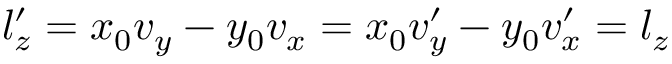
l _ { z } ^ { \prime } = x _ { 0 } v _ { y } - y _ { 0 } v _ { x } = x _ { 0 } v _ { y } ^ { \prime } - y _ { 0 } v _ { x } ^ { \prime } = l _ { z }